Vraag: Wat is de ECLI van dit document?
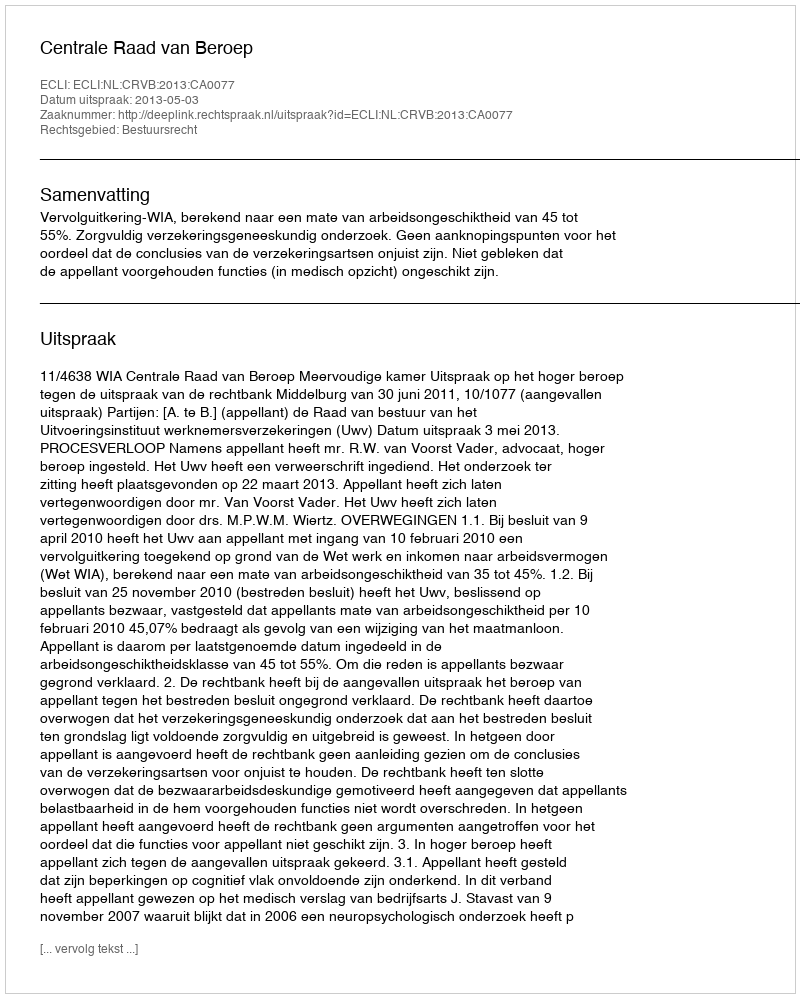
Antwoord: ECLI:NL:CRVB:2013:CA0077